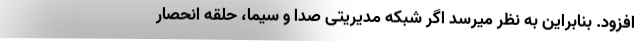
افزود. بنابراین به نظر میرسد اگر شبکه مدیریتی صدا و سیما، حلقه انحصار